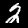
Label: 2